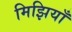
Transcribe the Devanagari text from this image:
मिझियाँ